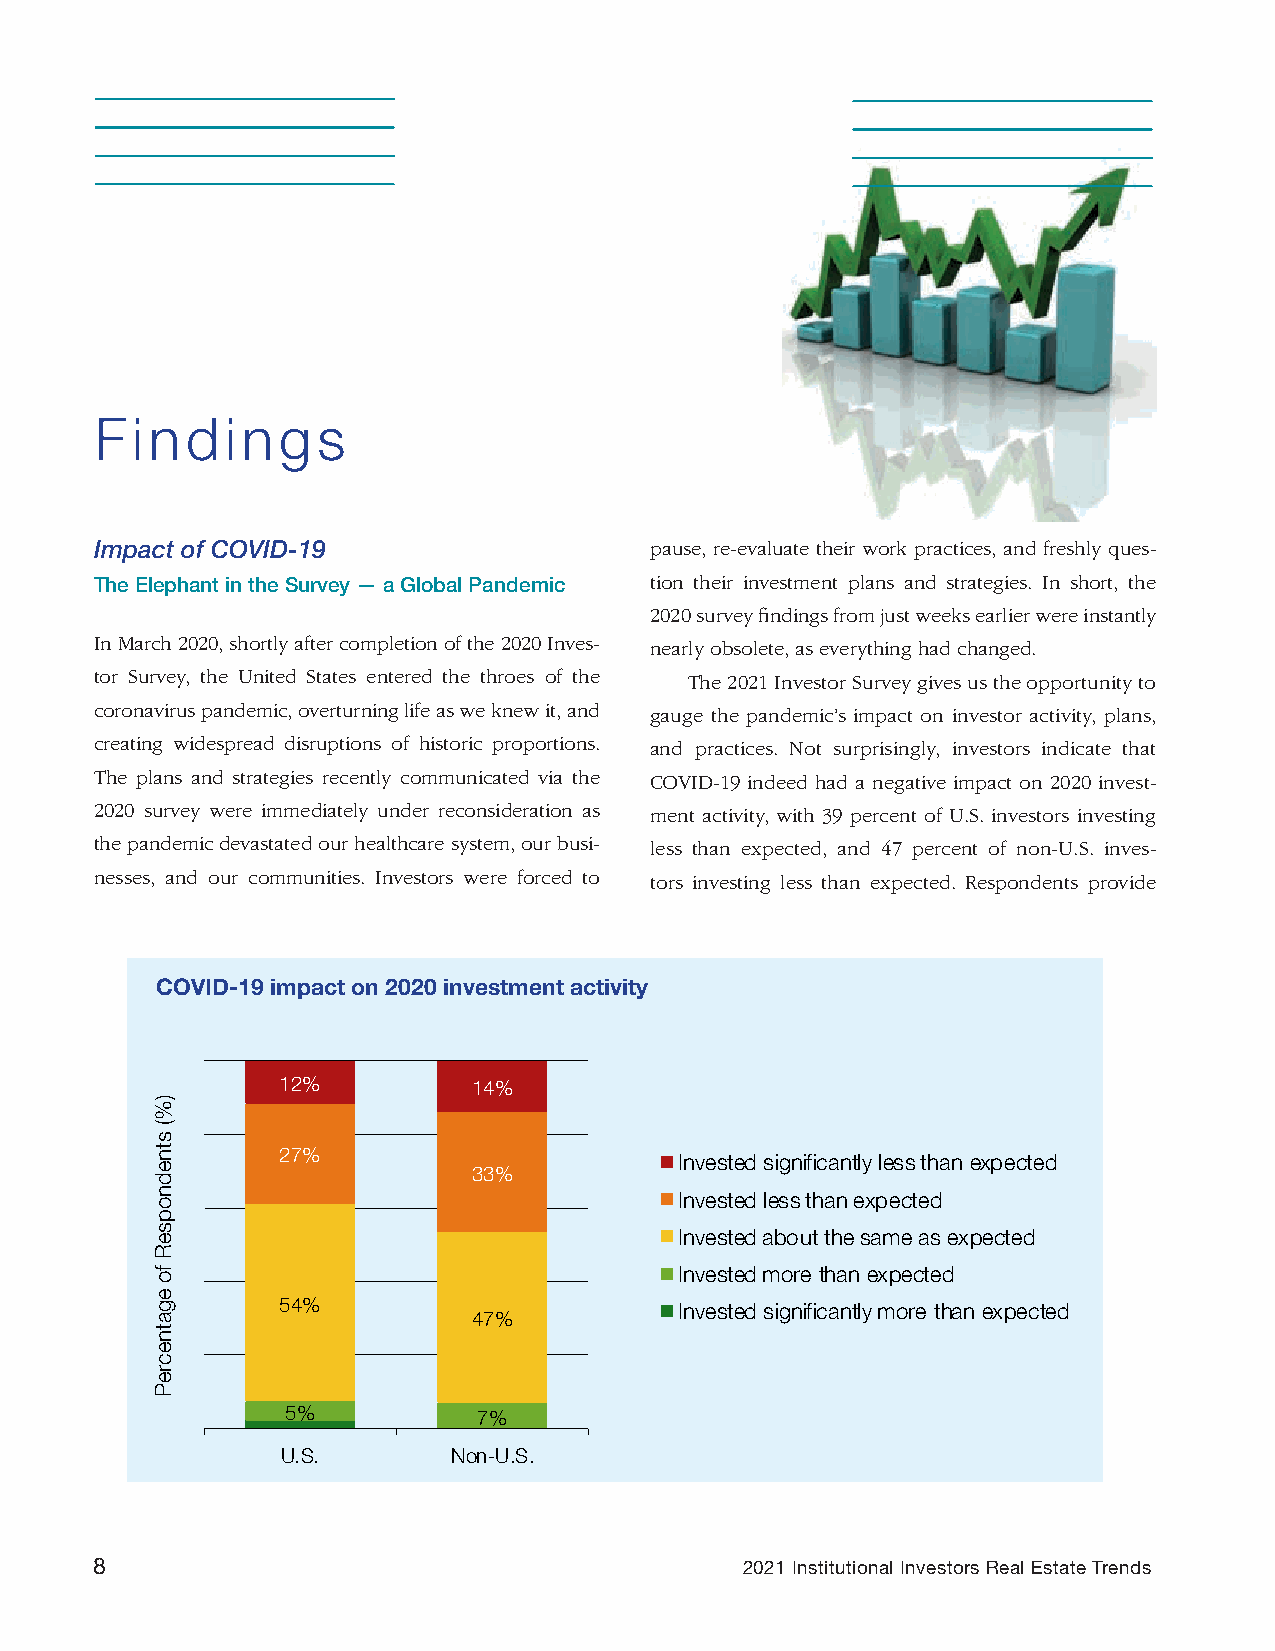
Findings
 Impact of COVID-19                   pause, re-evaluate their work practices, and freshly ques-
 The Elephant in the Survey — a Global Pandemic tion their investment plans and strategies. In short, the
 2020 survey findings from just weeks earlier were instantly
 In March 2020, shortly after completion of the 2020 Inves- nearly obsolete, as everything had changed.
 tor Survey, the United States entered the throes of the The 2021 Investor Survey gives us the opportunity to
 coronavirus pandemic, overturning life as we knew it, and gauge the pandemic’s impact on investor activity, plans,
 creating widespread disruptions of historic proportions. and practices. Not surprisingly, investors indicate that
 The plans and strategies recently communicated via the COVID-19 indeed had a negative impact on 2020 invest-
 2020 survey were immediately under reconsideration as ment activity, with 39 percent of U.S. investors investing
 the pandemic devastated our healthcare system, our busi- less than expected, and 47 percent of non-U.S. inves-
 nesses, and our communities. Investors were forced to tors investing less than expected. Respondents provide
 COVID-19 impact on 2020 investment activity
 12%         14%
 27%
 Invested significantly less than expected
 33%
 Invested less than expected
 Invested about the same as expected
 Invested more than expected
 54%
 Invested significantly more than expected
 47%
 5%           7%
 U.S.       Non-U.S.
 8                                          2021 Institutional Investors Real Estate Trends
 )%(
 stnednopseR
 fo
 egatnecreP